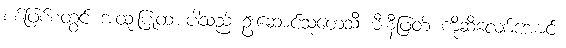
စစ်ဖြစ်စတွင် အထူးပြုထားပါသည် ဦးဆောင်သုတေသီ မီးနီဖြတ် ကိုဆီလျော်အောင်